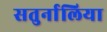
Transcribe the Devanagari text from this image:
सतुर्नालिया